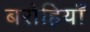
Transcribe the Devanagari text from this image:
बरोहियाँ